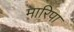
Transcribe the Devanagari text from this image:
मारिपा